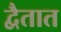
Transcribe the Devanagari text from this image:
द्वैतात